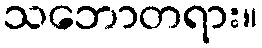
သဘောတရား။